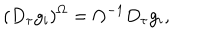
( D _ { \tau } g _ { i } ) ^ { \Omega } = \Omega ^ { - 1 } D _ { \tau } g _ { i } ,